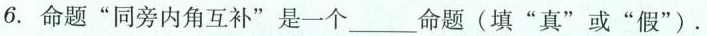
6.命题”同旁内角互补”是一个_____命题(填”真”或”假”)。